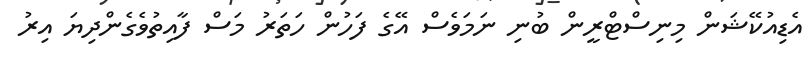
އެޑިއުކޭޝަން މިނިސްޓްރީން ބުނި ނަމަވެސް އޭގެ ފަހުން ހަތަރު މަސް ފާއިތުވެގެންދިޔަ އިރު